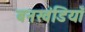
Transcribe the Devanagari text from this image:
बनखंडियाँ